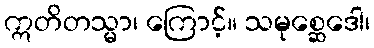
ဣတိတသ္မာ၊ ကြောင့်။ သမုစ္ဆေဒေါ၊